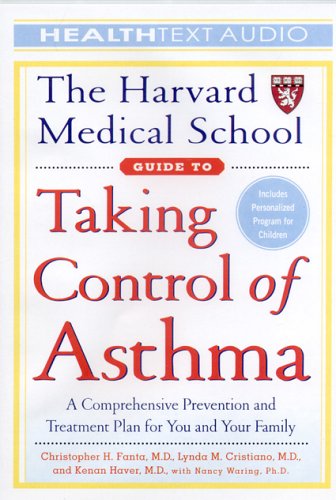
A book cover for The Harvard Medical School Guide to Taking Control of Asthma (The Harvard Medical School Guides); Christopher H. Fanta; Health, Fitness & Dieting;